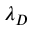
\lambda _ { D }